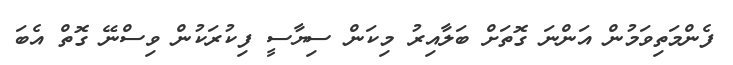
ފެންމަތިވަމުން އަންނަ ގޮތަށް ބަލާއިރު މިކަން ސިޔާސީ ފިކުރަކުން ވިސްނޭ ގޮތް އެބަ